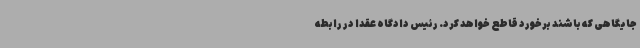
جایگاهی که باشند برخورد قاطع خواهد کرد. رئیس دادگاه عقدا در رابطه